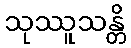
သုဿူသန္တိ